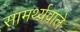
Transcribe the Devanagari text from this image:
सामर्थ्यवाले